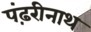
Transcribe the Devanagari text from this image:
पंढ़रीनाथ